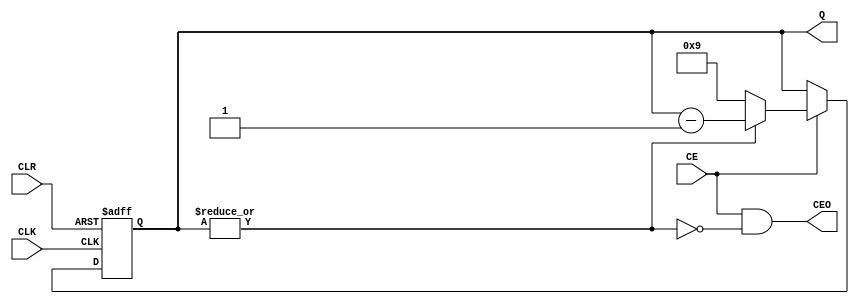
`timescale 1ns / 1ps
/// @file down_counter.v
///
/// @note Copyright (c) 2022 AMSUC - Countdown Timer - Dominik Kala i Dawid Jaraczewski

/// Licznik liczacy w dol.
///
/// @tparam MODULO - Wartosc modulo licznika.
/// @tparam INIT_VAL - Wartosc inicjalizacyjna, ustawiana po wykryciu narastajacego zbocza na wejsciu 'CLR'.
/// @tparam BTIS_NUM - Liczba bitow potrzebna do realizacji licznika.
///
/// @param [IN] CLK - Zegar.
/// @param [IN] CLR - Aysnchroniczne wejscie resetujace stan modulu.
/// @param [IN] CE - Aktywacja zegara.
/// @param [OUT] Q - Rownolegle wyjscie licznika.
/// @param [OUT] CEO - Wyjscie aktywacyjne zegara.
module DOWN_CNT #(
  parameter MODULO = 10,
  parameter INIT_VAL = MODULO - 1,
  parameter BITS_NUM = $clog2(MODULO < INIT_VAL ? INIT_VAL : MODULO)
) (
  input CLK,
  input CLR,
  input CE,
  output reg [BITS_NUM-1:0] Q,
  output CEO
);
  always @(posedge CLK or posedge CLR) begin
    if (CLR)
      Q <= INIT_VAL;
    else begin
      if (CE) begin
        // Sprawdzenie, czy doliczono do zera.
        if ((|Q))
          Q <= Q - 1;
        else
          Q <= MODULO - 1;
      end
    end
  end

  // Wypracowanie sygnalu wyjsciowego aktywacji zegara.
  assign CEO = CE & (~|Q);

endmodule